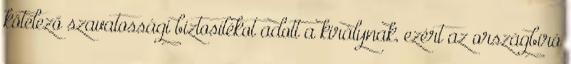
kötelező szavatossági biztosítékot adott a királynak, ezért az országbíró